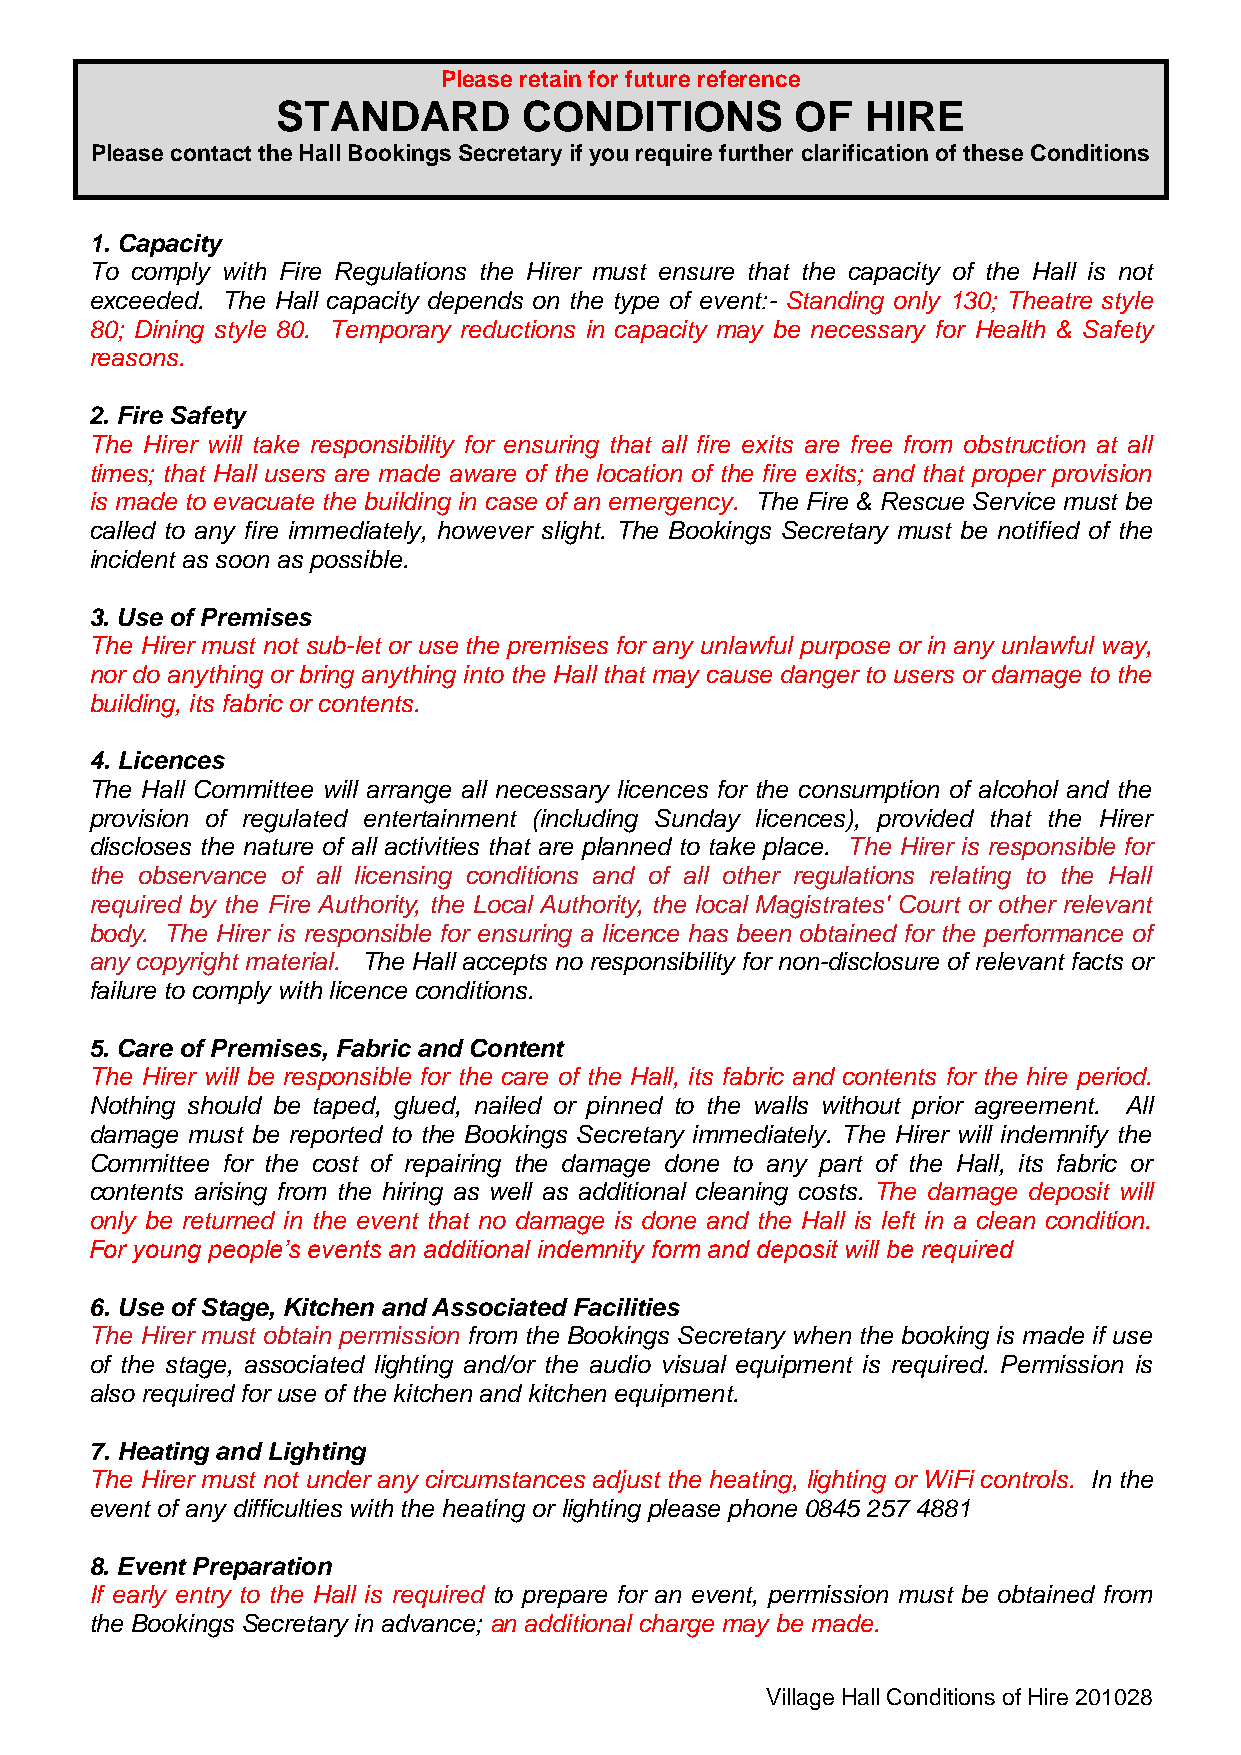
Please retain for future reference
 STANDARD         CONDITIONS        OF  HIRE
 Please contact the Hall Bookings Secretary if you require further clarification of these Conditions
 1. Capacity
 To comply with Fire Regulations the Hirer must ensure that the capacity of the Hall is not
 exceeded. The Hall capacity depends on the type of event:- Standing only 130; Theatre style
 80; Dining style 80. Temporary reductions in capacity may be necessary for Health & Safety
 reasons.
 2. Fire Safety
 The Hirer will take responsibility for ensuring that all fire exits are free from obstruction at all
 times; that Hall users are made aware of the location of the fire exits; and that proper provision
 is made to evacuate the building in case of an emergency. The Fire & Rescue Service must be
 called to any fire immediately, however slight. The Bookings Secretary must be notified of the
 incident as soon as possible.
 3. Use of Premises
 The Hirer must not sub-let or use the premises for any unlawful purpose or in any unlawful way,
 nor do anything or bring anything into the Hall that may cause danger to users or damage to the
 building, its fabric or contents.
 4. Licences
 The Hall Committee will arrange all necessary licences for the consumption of alcohol and the
 provision of regulated entertainment (including Sunday licences), provided that the Hirer
 discloses the nature of all activities that are planned to take place. The Hirer is responsible for
 the observance of all licensing conditions and of all other regulations relating to the Hall
 required by the Fire Authority, the Local Authority, the local Magistrates' Court or other relevant
 body. The Hirer is responsible for ensuring a licence has been obtained for the performance of
 any copyright material. The Hall accepts no responsibility for non-disclosure of relevant facts or
 failure to comply with licence conditions.
 5. Care of Premises, Fabric and Content
 The Hirer will be responsible for the care of the Hall, its fabric and contents for the hire period.
 Nothing should be taped, glued, nailed or pinned to the walls without prior agreement. All
 damage must be reported to the Bookings Secretary immediately. The Hirer will indemnify the
 Committee for the cost of repairing the damage done to any part of the Hall, its fabric or
 contents arising from the hiring as well as additional cleaning costs. The damage deposit will
 only be returned in the event that no damage is done and the Hall is left in a clean condition.
 For young people’s events an additional indemnity form and deposit will be required
 6. Use of Stage, Kitchen and Associated Facilities
 The Hirer must obtain permission from the Bookings Secretary when the booking is made if use
 of the stage, associated lighting and/or the audio visual equipment is required. Permission is
 also required for use of the kitchen and kitchen equipment.
 7. Heating and Lighting
 The Hirer must not under any circumstances adjust the heating, lighting or WiFi controls. In the
 event of any difficulties with the heating or lighting please phone 0845 257 4881
 8. Event Preparation
 If early entry to the Hall is required to prepare for an event, permission must be obtained from
 the Bookings Secretary in advance; an additional charge may be made.
 Village Hall Conditions of Hire 201028